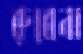
রুবেনা